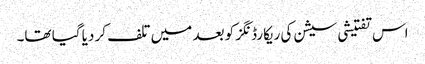
اس تفتیشی سیشن کی ریکارڈنگز کو بعد میں تلف کر دیا گیا تھا۔